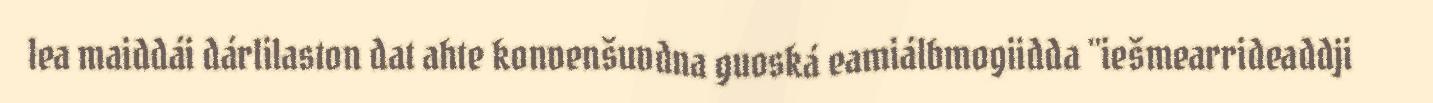
lea maiddái dárlilaston dat ahte konvenšuvdna guoská eamiálbmogiidda "iešmearrideaddji